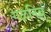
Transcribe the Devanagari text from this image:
गळनिंब